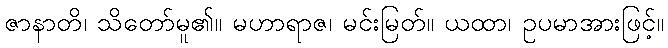
ဇာနာတိ၊ သိတော်မူ၏။ မဟာရာဇ၊ မင်းမြတ်။ ယထာ၊ ဥပမာအားဖြင့်။